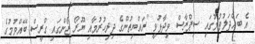
އެ ބައްދަލުވުމުގައި ސިޕްރާސް ވިދާޅުވީ "ރައްޔިތުންގެ ދިރިހުރުމާއި ޔޫރޯ ޒޯންގައި ގްރީސް ބޭއްވުމުގެ